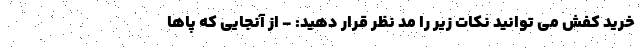
خرید کفش می توانید نکات زیر را مد نظر قرار دهید: - از آنجایی که پاها